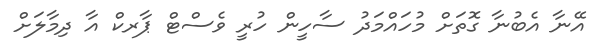
އޭނާ އެބުނާ ގޮތަށް މުހައްމަދު ސާހީން ހުރީ ވެސްޓް ޕާރކް އާ ދިމާލަށް